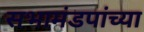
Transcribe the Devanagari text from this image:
सभामंडपांच्या